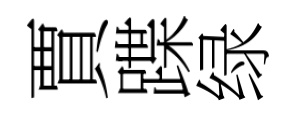
賈蹀绿